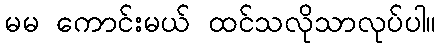
မမ ကောင်းမယ် ထင်သလိုသာလုပ်ပါ။